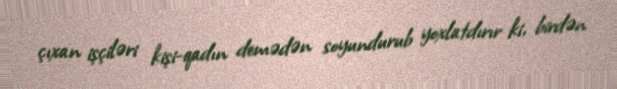
çıxan işçiləri kişi-qadın demədən soyundurub yoxlatdırır ki, birdən